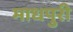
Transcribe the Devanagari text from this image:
माधपुरी